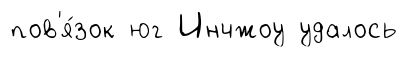
пов'я́зок юг Инчжоу удалось